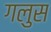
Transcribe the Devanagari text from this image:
गलुस